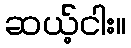
ဆယ့်ငါး။